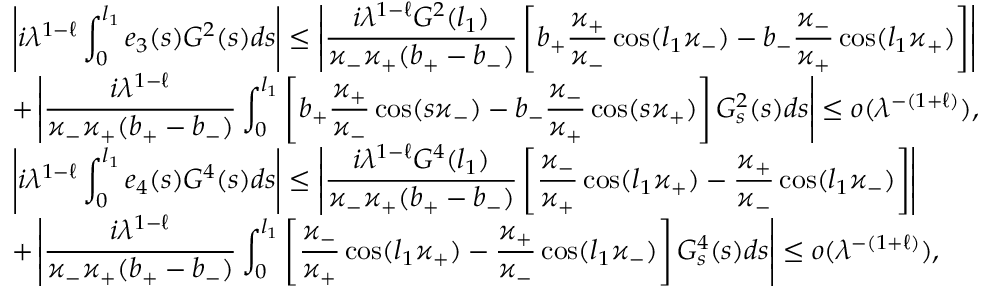
\begin{array} { l } { \displaystyle \left| i { \lambda } ^ { 1 - \ell } \int _ { 0 } ^ { l _ { 1 } } e _ { 3 } ( s ) G ^ { 2 } ( s ) d s \right| \leq \left| \frac { i { \lambda } ^ { 1 - \ell } G ^ { 2 } ( l _ { 1 } ) } { \varkappa _ { - } \varkappa _ { + } ( b _ { + } - b _ { - } ) } \left[ b _ { + } \frac { \varkappa _ { + } } { \varkappa _ { - } } \cos ( l _ { 1 } \varkappa _ { - } ) - b _ { - } \frac { \varkappa _ { - } } { \varkappa _ { + } } \cos ( l _ { 1 } \varkappa _ { + } ) \right] \right| } \\ { \displaystyle + \left| \frac { i { \lambda } ^ { 1 - \ell } } { \varkappa _ { - } \varkappa _ { + } ( b _ { + } - b _ { - } ) } \int _ { 0 } ^ { l _ { 1 } } \left[ b _ { + } \frac { \varkappa _ { + } } { \varkappa _ { - } } \cos ( s \varkappa _ { - } ) - b _ { - } \frac { \varkappa _ { - } } { \varkappa _ { + } } \cos ( s \varkappa _ { + } ) \right] G _ { s } ^ { 2 } ( s ) d s \right| \leq o ( { \lambda } ^ { - ( 1 + \ell ) } ) , } \\ { \displaystyle \left| i { \lambda } ^ { 1 - \ell } \int _ { 0 } ^ { l _ { 1 } } e _ { 4 } ( s ) G ^ { 4 } ( s ) d s \right| \leq \left| \frac { i { \lambda } ^ { 1 - \ell } G ^ { 4 } ( l _ { 1 } ) } { \varkappa _ { - } \varkappa _ { + } ( b _ { + } - b _ { - } ) } \left[ \frac { \varkappa _ { - } } { \varkappa _ { + } } \cos ( l _ { 1 } \varkappa _ { + } ) - \frac { \varkappa _ { + } } { \varkappa _ { - } } \cos ( l _ { 1 } \varkappa _ { - } ) \right] \right| } \\ { \displaystyle + \left| \frac { i { \lambda } ^ { 1 - \ell } } { \varkappa _ { - } \varkappa _ { + } ( b _ { + } - b _ { - } ) } \int _ { 0 } ^ { l _ { 1 } } \left[ \frac { \varkappa _ { - } } { \varkappa _ { + } } \cos ( l _ { 1 } \varkappa _ { + } ) - \frac { \varkappa _ { + } } { \varkappa _ { - } } \cos ( l _ { 1 } \varkappa _ { - } ) \right] G _ { s } ^ { 4 } ( s ) d s \right| \leq o ( { \lambda } ^ { - ( 1 + \ell ) } ) , } \end{array}